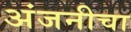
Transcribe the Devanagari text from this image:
अंजनीचा